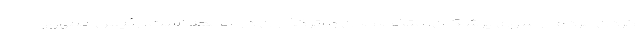
کردن مردم از سوی پزشکان، متخصصان و اثرگذاران در جامعه است. رئیس جمهور